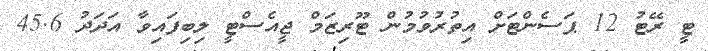
ޓީ ރޭޓު 12 ޕަސެންޓަށް އިތުރުވުމުން ޓޫރިޒަމް ޖީއެސްޓީ ލިބިފައިވާ އަދަދު 45.6